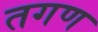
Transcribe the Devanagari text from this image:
तगण